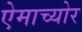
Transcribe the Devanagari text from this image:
ऐमाच्योर